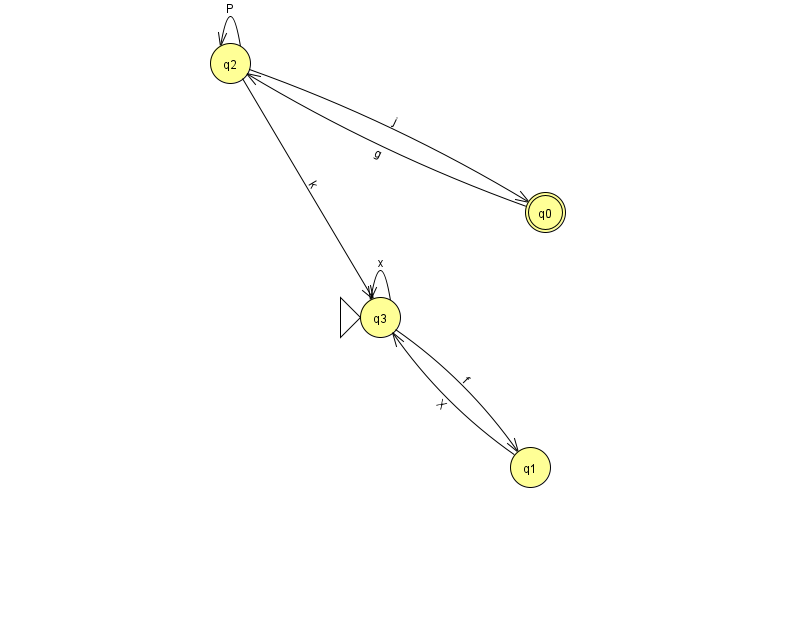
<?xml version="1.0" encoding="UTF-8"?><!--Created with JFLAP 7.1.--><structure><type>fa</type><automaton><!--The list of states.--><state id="0" name="q0"><x>545.0</x><y>199.0</y><final/></state><state id="1" name="q1"><x>530.0</x><y>454.0</y></state><state id="2" name="q2"><x>230.0</x><y>50.0</y></state><state id="3" name="q3"><x>380.0</x><y>304.0</y><initial/></state><!--The list of transitions.--><transition><from>2</from><to>2</to><read>P</read></transition><transition><from>3</from><to>1</to><read>f</read></transition><transition><from>0</from><to>2</to><read>g</read></transition><transition><from>3</from><to>3</to><read>x</read></transition><transition><from>2</from><to>0</to><read>j</read></transition><transition><from>2</from><to>3</to><read>k</read></transition><transition><from>1</from><to>3</to><read>X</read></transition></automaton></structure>